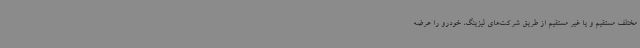
مختلف مستقیم و یا غیر مستقیم از طریق شرکت‌های لیزینگ، خودرو را عرضه